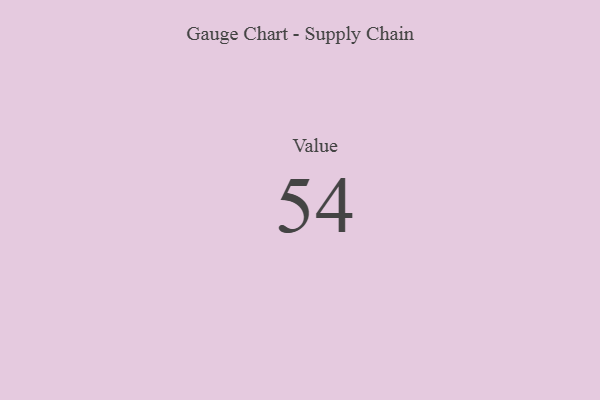
{"axis": {"x": "Metric", "y": "Value"}, "legend": [""], "data": [{"x": "Value", "y": 54, "type": ""}]}